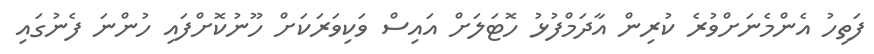
ފަތިހު އެންމެނަށްވުރެ ކުރިން އާދަމްފުޅު ހޮޓަލަށް އައިސް ވަކިވަރަކަށް ހޫނުކޮށްފައި ހުންނަ ފެނުގައި